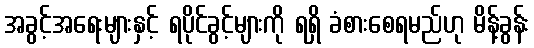
အခွင့်အရေးများနှင့် ရပိုင်ခွင့်များကို ရရှိ ခံစားစေရမည်ဟု မိန့်ခွန်း